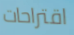
اقتراحات